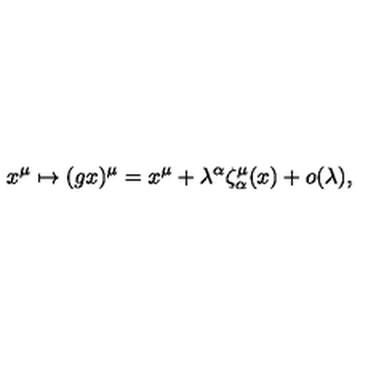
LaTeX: x ^ { \mu } \mapsto ( g x ) ^ { \mu } = x ^ { \mu } + \lambda ^ { \alpha } \zeta _ { \alpha } ^ { \mu } ( x ) + o ( \lambda ) ,